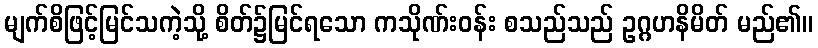
မျက်စိဖြင့်မြင်သကဲ့သို့ စိတ်၌မြင်ရသော ကသိုဏ်းဝန်း စသည်သည် ဥဂ္ဂဟနိမိတ် မည်၏။